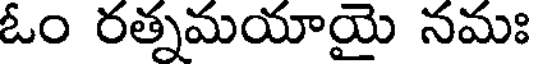
ఓం రత్నమయాయై నమః